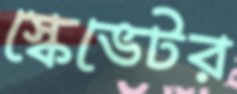
স্কেভেটর